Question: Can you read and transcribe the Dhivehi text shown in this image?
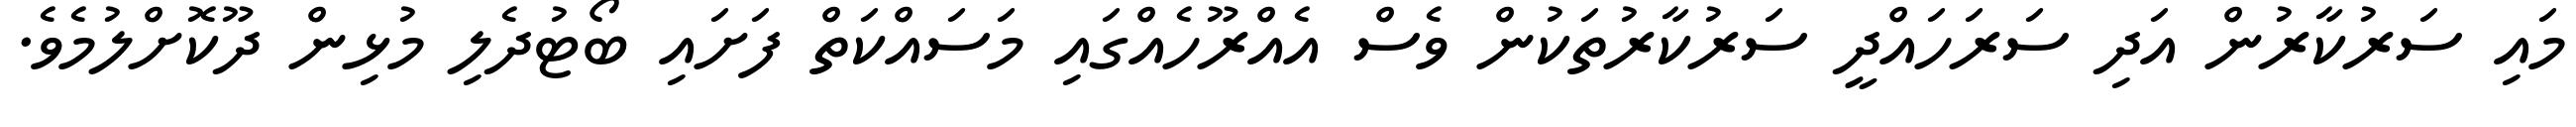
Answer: މައި ސަރުކާރުން އަދި ސަރަހައްދީ ސަރުކާރުތަކުން ވެސް އެއްރޫހެއްގައި މަސައްކަތް ފަށައި ބޯޓުދެލި މުޅިން ދޫކޮށްލުމެވެ.